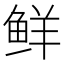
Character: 鲜